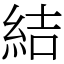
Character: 結